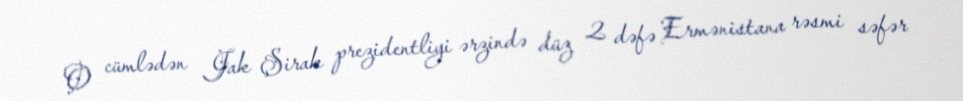
O cümlədən Jak Şirak prezidentliyi ərzində düz 2 dəfə Ermənistana rəsmi səfər